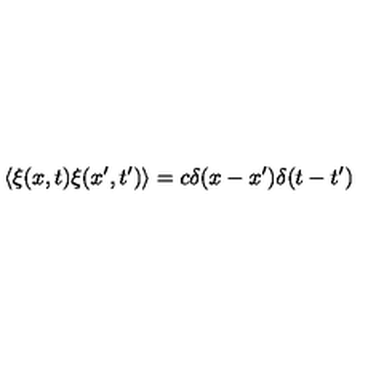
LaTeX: \langle \xi ( x , t ) \xi ( x ^ { \prime } , t ^ { \prime } ) \rangle = c \delta ( x - x ^ { \prime } ) \delta ( t - t ^ { \prime } )